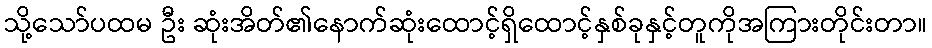
သို့သော်ပထမ ဦး ဆုံးအိတ်၏နောက်ဆုံးထောင့်ရှိထောင့်နှစ်ခုနှင့်တူကိုအကြားတိုင်းတာ။